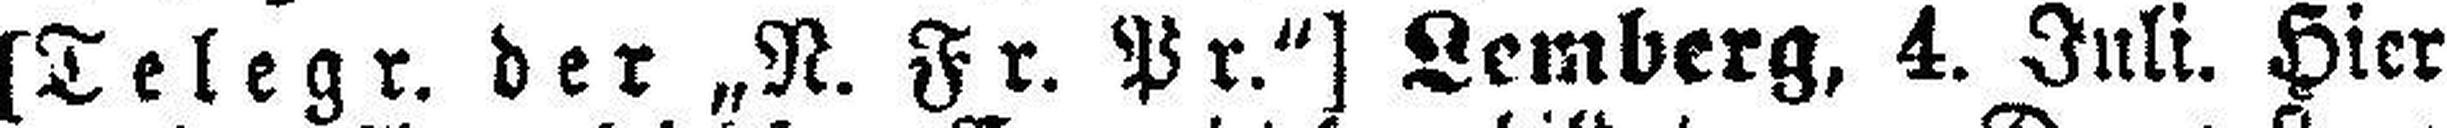
[Telegr. der „N. Fr. Pr.“] Lemberg, 4. Juli. Hier